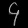
Digit: ၄